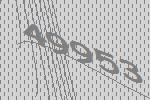
49953